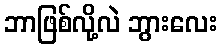
ဘာဖြစ်လို့လဲ ဘွားလေး